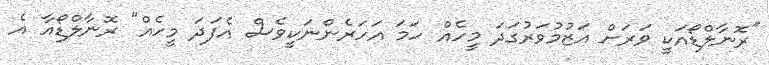
"ރޮނާލްޑޯއަކީ ވަރަށް އަޒުމުވަރުގަދަ މީހެއް ހަމަ އަހަރެންނަކީވެސް އެފަދަ މީހެއް" ރޮނާލްޑޯއާ އެ